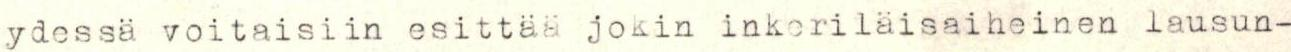
ydessä voitaisiin esittää jokin inkeriläisaiheinen lausun-